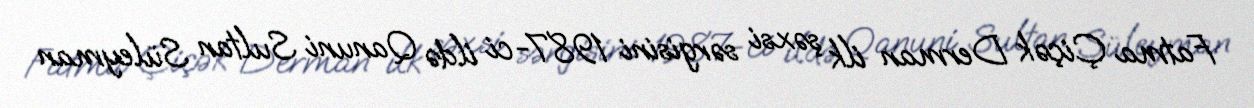
Fatma Çiçək Derman ilk şəxsi sərgisini 1987-ci ildə Qanuni Sultan Süleyman